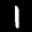
Label: 1